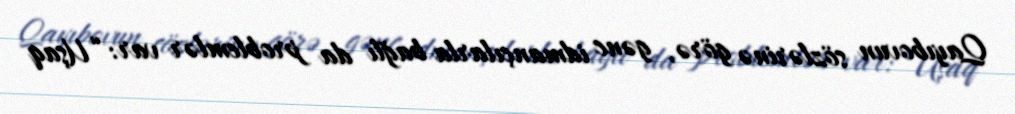
Qayıbovun sözlərinə görə, gənc idmançılarla bağlı da problemlər var: “Uşaq